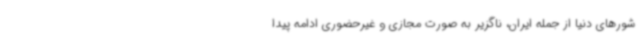
شورهای دنیا از جمله ایران، ناگزیر به صورت مجازی و غیرحضوری ادامه پیدا